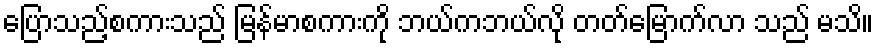
ပြောသည့်စကားသည် မြန်မာစကားကို ဘယ်ကဘယ်လို တတ်မြောက်လာ သည် မသိ။